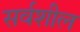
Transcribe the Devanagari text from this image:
सर्वशील